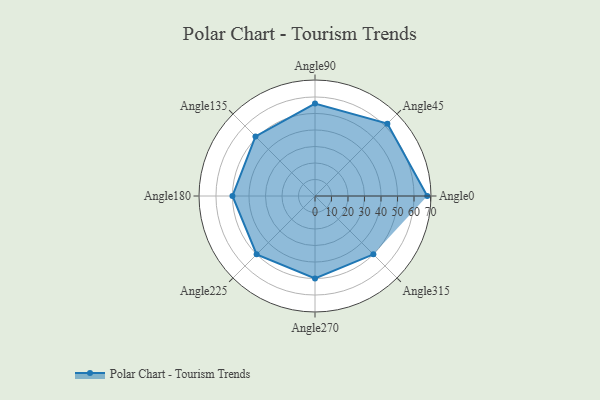
{"axis": {"x": "Angle", "y": "Radius"}, "legend": [""], "data": [{"x": "Angle0", "y": 68.0, "type": ""}, {"x": "Angle45", "y": 62.0, "type": ""}, {"x": "Angle90", "y": 56.0, "type": ""}, {"x": "Angle135", "y": 51.0, "type": ""}, {"x": "Angle180", "y": 50, "type": ""}, {"x": "Angle225", "y": 50, "type": ""}, {"x": "Angle270", "y": 50, "type": ""}, {"x": "Angle315", "y": 50, "type": ""}]}